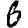
Digit: 6